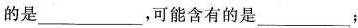
的是___，可能含有的是___；